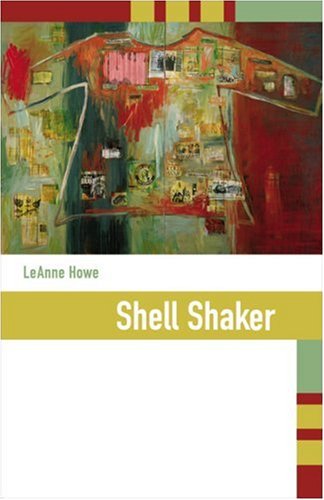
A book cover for Shell Shaker; LeAnne Howe; Literature & Fiction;